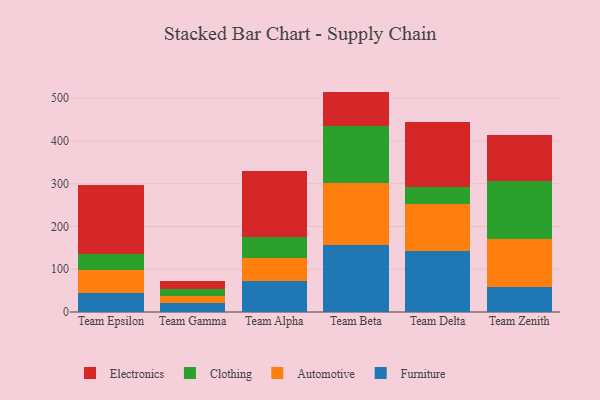
{"axis": {"x": "Team", "y": "Latency (ms)"}, "legend": ["Automotive", "Clothing", "Electronics", "Furniture"], "data": [{"x": "Team Epsilon", "y": 44.1, "type": "Furniture"}, {"x": "Team Epsilon", "y": 53.0, "type": "Automotive"}, {"x": "Team Epsilon", "y": 38.9, "type": "Clothing"}, {"x": "Team Epsilon", "y": 160.2, "type": "Electronics"}, {"x": "Team Gamma", "y": 20.7, "type": "Furniture"}, {"x": "Team Gamma", "y": 17.8, "type": "Automotive"}, {"x": "Team Gamma", "y": 16.0, "type": "Clothing"}, {"x": "Team Gamma", "y": 17.3, "type": "Electronics"}, {"x": "Team Alpha", "y": 73.7, "type": "Furniture"}, {"x": "Team Alpha", "y": 53.3, "type": "Automotive"}, {"x": "Team Alpha", "y": 47.4, "type": "Clothing"}, {"x": "Team Alpha", "y": 155.6, "type": "Electronics"}, {"x": "Team Beta", "y": 157.8, "type": "Furniture"}, {"x": "Team Beta", "y": 144.4, "type": "Automotive"}, {"x": "Team Beta", "y": 133.1, "type": "Clothing"}, {"x": "Team Beta", "y": 80.3, "type": "Electronics"}, {"x": "Team Delta", "y": 141.8, "type": "Furniture"}, {"x": "Team Delta", "y": 110.2, "type": "Automotive"}, {"x": "Team Delta", "y": 41.1, "type": "Clothing"}, {"x": "Team Delta", "y": 151.5, "type": "Electronics"}, {"x": "Team Zenith", "y": 57.5, "type": "Furniture"}, {"x": "Team Zenith", "y": 112.5, "type": "Automotive"}, {"x": "Team Zenith", "y": 136.7, "type": "Clothing"}, {"x": "Team Zenith", "y": 106.9, "type": "Electronics"}]}